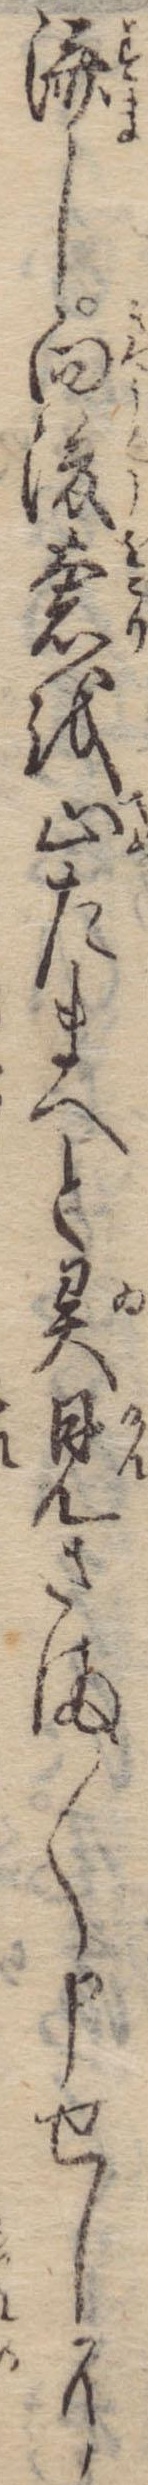
済し向後奢を止たまへと異見さま〱申せしに